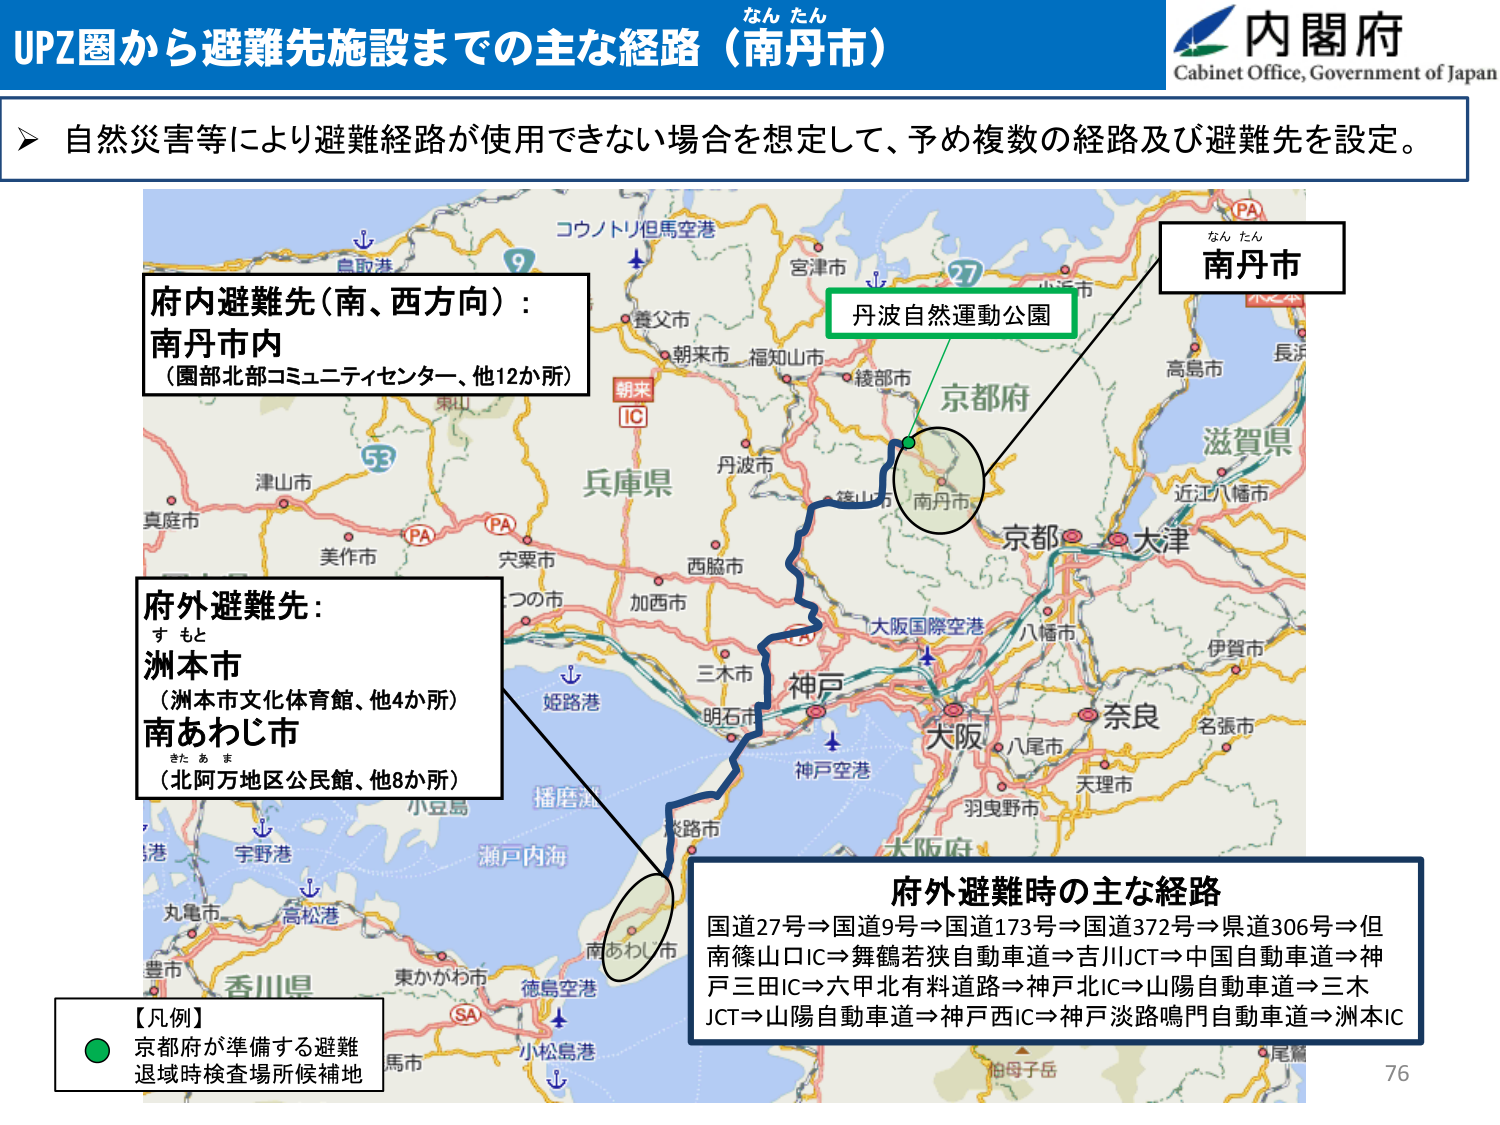
UPZ圏から避難先施設までの主な経路（南丹市）
なん たん
内閣府
Cabinet Office, Government of Japan
自然災害等により避難経路が使用できない場合を想定して、予め複数の経路及び避難先を設定。
コウノトリ但馬空港
9
宮津市
27
小浜市
PA
なん たん
南丹市
府内避難先（南、西方向）：
南丹市内
（園部北部コミュニティセンター、他12か所）
丹波自然運動公園
京都市
朝来市 福知山市
綾部市
兵庫県
丹波市
篠山市
南丹市
滋賀県
近江八幡市
津市
PA
PA
真庭市
美作市
宍粟市
つるの市
加西市
西脳市
府外避難先：
すもと
洲本市
（洲本市文化体育館、他4か所）
南あわじ市
きたあま
（北阿万地区公民館、他8か所）
姫路港
三木市
明石市
神戸
大阪国際空港
八幡市
大阪
八尾市
奈良
名張市
神戸空港
羽曳野市
天理市
播磨灘
淡路市
瀬戸内海
宇野港
丸亀市
高松港
豊市
香川県
東かがわ市
徳島空港
SA
小松島港
【凡例】
京都府が準備する避難
退域時検査場所候補地
府外避難時の主な経路
国道27号⇒国道9号⇒国道173号⇒国道372号⇒県道306号⇒但
南篠山口IC⇒舞鶴若狭自動車道⇒吉川JCT⇒中国自動車道⇒神
戸三田IC⇒六甲北有料道路⇒神戸北IC⇒山陽自動車道⇒三木
JCT⇒山陽自動車道⇒神戸西IC⇒神戸淡路鳴門自動車道⇒洲本IC
76